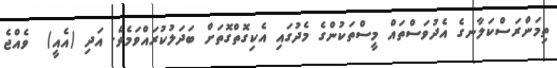
ތިމަންރަސްކަލާނގެ އެދުވަސްތައް މީސްތަކުންގެ މެދުގައި އެކިގޮތްގޮތަށް ބަދަލުކުރައްވަމެވެ. އަދި (އެއީ)  ވެއްޖެ